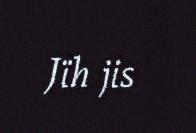
Jïh jis